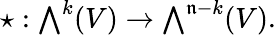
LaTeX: \star:{\textstyle\bigwedge}^{k}(V)\rightarrow{\textstyle\bigwedge}^{\mathfrak{n}-k}(V).